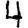
Digit: 4